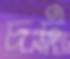
চট